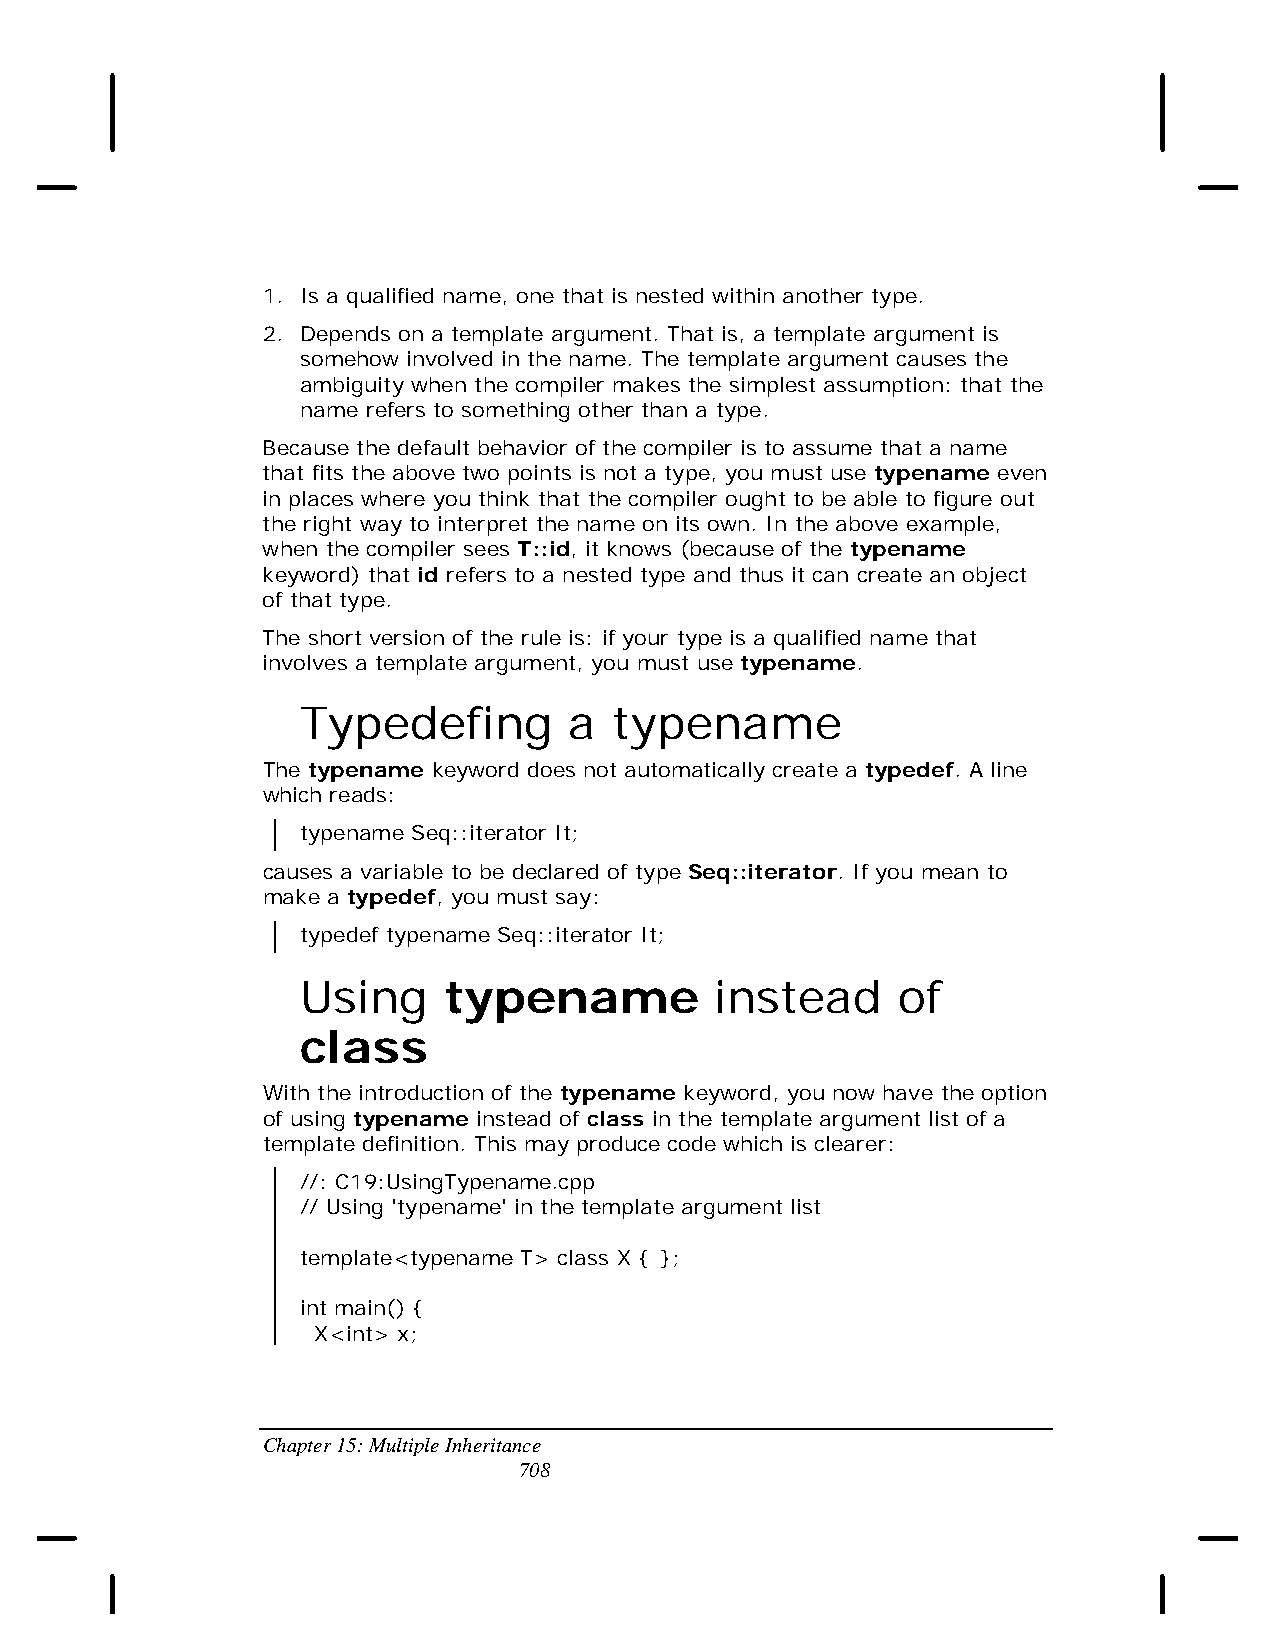
1. Is a qualified name, one that is nested within another type.
 2. Depends on a template argument. That is, a template argument is
 somehow involved in the name. The template argument causes the
 ambiguity when the compiler makes the simplest assumption: that the
 name refers to something other than a type.
 Because the default behavior of the compiler is to assume that a name
 that fits the above two points is not a type, you must use typename even
 in places where you think that the compiler ought to be able to figure out
 the right way to interpret the name on its own. In the above example,
 when the compiler sees T::id, it knows (because of the typename
 keyword) that id refers to a nested type and thus it can create an object
 of that type.
 The short version of the rule is: if your type is a qualified name that
 involves a template argument, you must use typename.
 Typedefing        a  typename
 The typename keyword does not automatically create a typedef. A line
 which reads:
 typename Seq::iterator It;
 causes a variable to be declared of type Seq::iterator. If you mean to
 make a typedef, you must say:
 typedef typename Seq::iterator It;
 Using    typename          instead     of
 class
 With the introduction of the typename keyword, you now have the option
 of using typename instead of class in the template argument list of a
 template definition. This may produce code which is clearer:
 //: C19:UsingTypename.cpp
 // Using 'typename' in the template argument list
 template<typename T> class X { };
 int main() {
 X<int> x;
 Chapter 15: Multiple Inheritance
 708